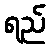
ရည်